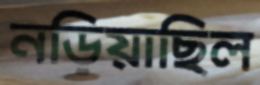
নড়িয়াছিল